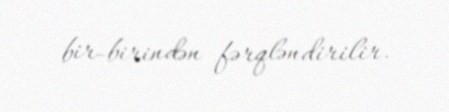
bir-birindən fərqləndirilir.